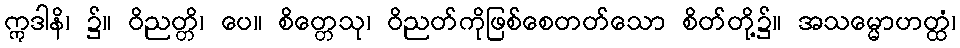
ဣဒါနိ၊ ၌။ ဝိညတ္တိ၊ ပေ။ စိတ္တေသု၊ ဝိညတ်ကိုဖြစ်စေတတ်သော စိတ်တို့၌။ အသမ္မောဟတ္ထံ၊